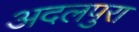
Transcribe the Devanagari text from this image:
अदलपुरा